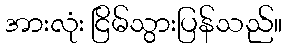
အားလုံး ငြိမ်သွားပြန်သည်။